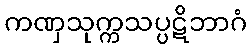
ကဏှသုက္ကသပ္ပဋိဘာဂံ